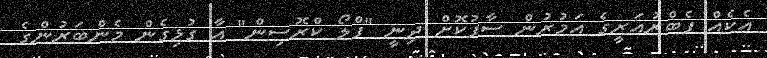
އެކެއް ފެބްރުއަރީގެ އަމުރުން ސާފުކޮށް ދިނީ "ފްލޯ ކްރޮސިން" އާ ގުޅިގެން މެންބަރުންގެ